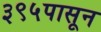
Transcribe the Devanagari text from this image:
३९५पासून